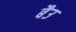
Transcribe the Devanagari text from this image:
बैउ